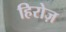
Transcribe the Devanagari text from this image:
हिरोज़